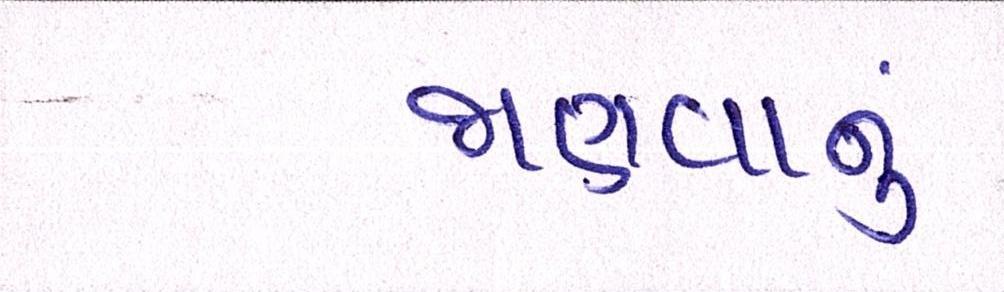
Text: જાણવાનું